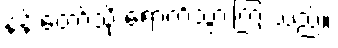
နန်းတော်သို့ ရောက်သွားကြ သည်။